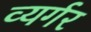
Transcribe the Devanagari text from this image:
व्यर्गर